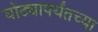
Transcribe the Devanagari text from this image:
घोट्यापर्यंतच्या